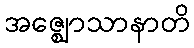
အဇ္ဈောသာနာတိ